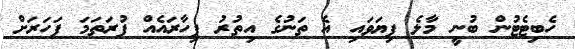
ހެބިޓެޓުން ބުނީ މާލެ ފިޔަވައި އެ ތަނުގެ އިތުރު ފިހާރައެއް ފުރަތަމަ ފަހަރަށް